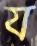
য